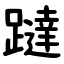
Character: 躂